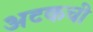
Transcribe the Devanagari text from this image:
अटकची